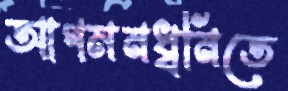
আগমনধ্বনিতে